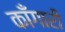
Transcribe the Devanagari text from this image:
काँगारी